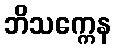
ဘိသက္ကေန